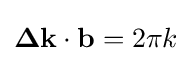
\mathbf {\Delta k} \cdot \mathbf {b} =2\pi k